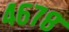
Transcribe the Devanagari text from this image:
४६७८